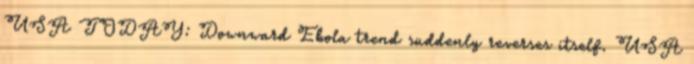
USA TODAY: Downward Ebola trend suddenly reverses itself. USA